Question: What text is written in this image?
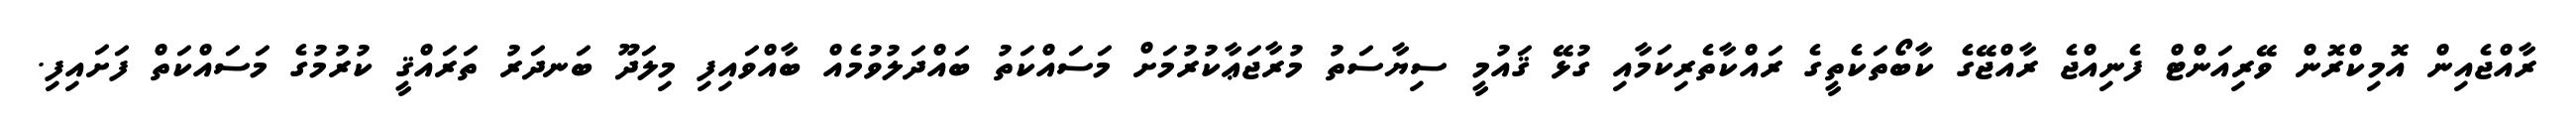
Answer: ރާއްޖެއިން އޮމިކްރޮން ވޭރިއަންޓް ފެނިއްޖެ ރާއްޖޭގެ ކާބޯތަކެތީގެ ރައްކާތެރިކަމާއި ގުޅޭ ޤައުމީ ސިޔާސަތު މުރާޖަޢާކުރުމަށް މަސައްކަތު ބައްދަލުވުމެއް ބާއްވައިފި މިލަދޫ ބަނދަރު ތަރައްޤީ ކުރުމުގެ މަސައްކަތް ފަށައިފި.